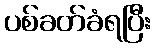
ပစ်ခတ်ခံရပြီး